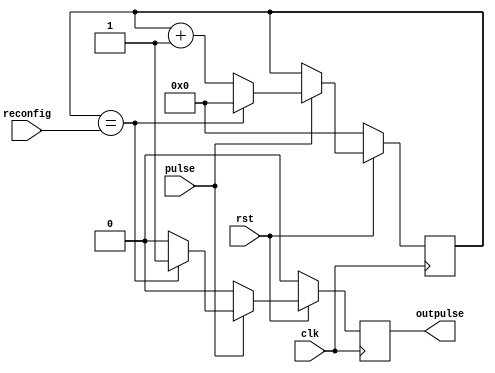
module reconfig_count(pulse,clk,rst,reconfig,outpulse);
	input clk,rst,pulse;
        input [3:0]reconfig;
	output reg outpulse;
	reg [3:0] count;

	always @(posedge clk)
		begin
			if(rst == 0)
				begin
					count<=4'b0000;
					outpulse=0;
				
				end
			else
				begin
					if(pulse==1) begin
				
						if(count>reconfig) begin
							count<=4'b0000;
						end
						count <=count+4'b0001;
						if(count==reconfig) begin	
						outpulse=1;
						count<=0;
						end
						else begin
							outpulse=0;
						end
					end
					else begin
					if(outpulse==1)begin
					outpulse=0;
					end
				
					end
										
				end
		end
endmodule